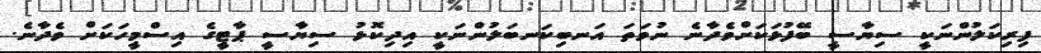
ފިރިކަލުންނަކީ ސިޔާސީ ބޭފުޅަކަށްވެދާނެ ނުވަތަ އަނބިކަނބަލުންނަކީ އިދިކޮޅު ސިޔާސީ ޕާޓީގެ އިިސްމީހަކަށް ވެދާނެ.